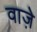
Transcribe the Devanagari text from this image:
वाजे़